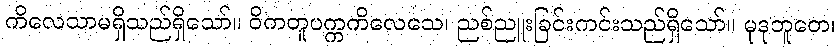
ကိလေသာမရှိသည်ရှိသော်။ ဝိကတူပက္ကကိလေသေ၊ ညစ်ညူးခြင်းကင်းသည်ရှိသော်။ မုဒုဘူတေ၊